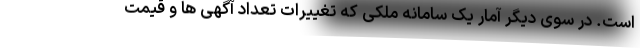
است. در سوی دیگر آمار یک سامانه ملکی که تغییرات تعداد آگهی ها و قیمت